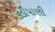
કડીપાણી